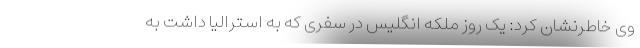
وی خاطرنشان کرد: یک روز ملکه انگلیس در سفری که به استرالیا داشت به